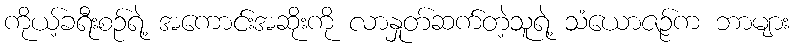
ကိုယ့်ခရီးစဉ်ရဲ့ အကောင်းအဆိုးကို လာနှုတ်ဆက်တဲ့သူရဲ့ သံယောဇဉ်က ဘာများ